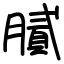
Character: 膩